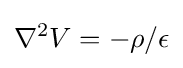
\nabla ^{2}V=-\rho /\epsilon